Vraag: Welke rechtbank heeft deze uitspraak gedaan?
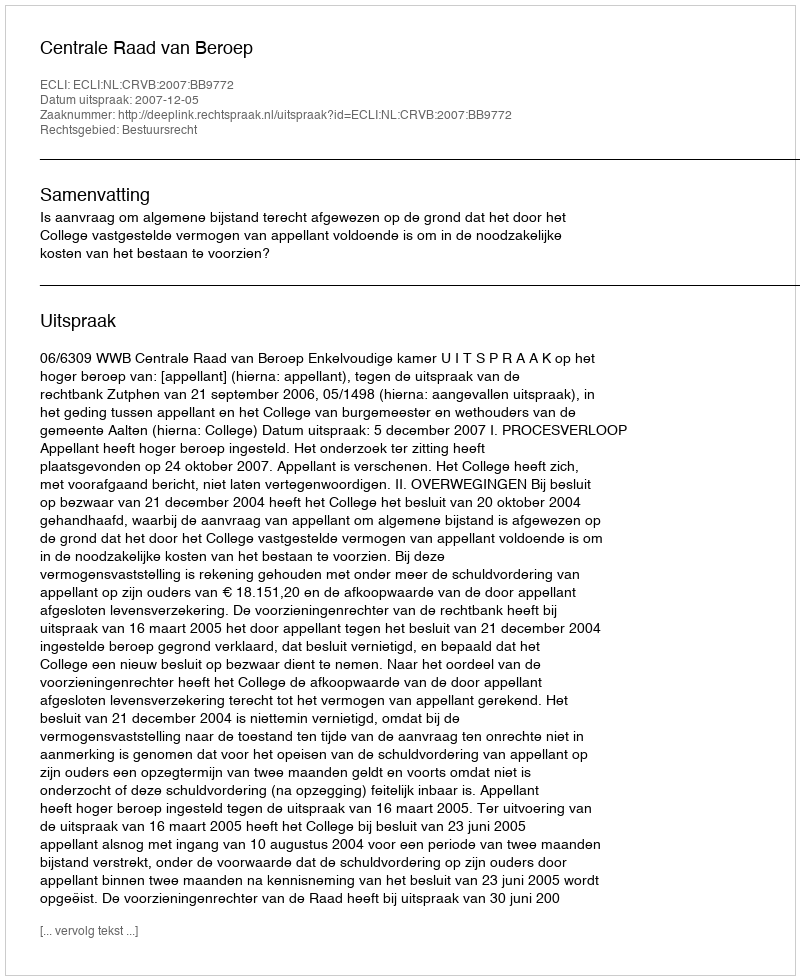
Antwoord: Centrale Raad van Beroep